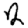
Digit: 2